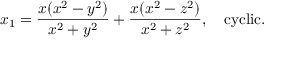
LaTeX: x _ { 1 } = \frac { x ( x ^ { 2 } - y ^ { 2 } ) } { x ^ { 2 } + y ^ { 2 } } + \frac { x ( x ^ { 2 } - z ^ { 2 } ) } { x ^ { 2 } + z ^ { 2 } } , \ \ \ \mathrm { c y c l i c } .